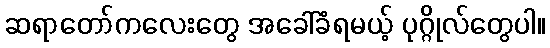
ဆရာတော်ကလေးတွေ အခေါ်ခံရမယ့် ပုဂ္ဂိုလ်တွေပါ။